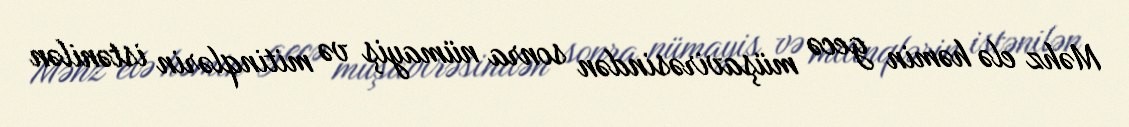
Məhz elə həmin gecə müşavirəsindən sonra nümayiş və mitinqlərin istənilən